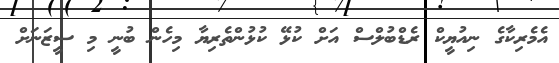
އެމެރިކާގެ ނިއުޔީކް ރެޑްބުލްސް އަށް ކުޅޭ ކުޅުންތެރިޔާ މިހެން ބުނީ މި ސީޒަނަށް